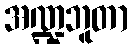
အဏ္ဍဘူတာ